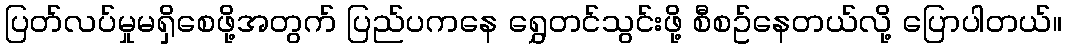
ပြတ်လပ်မှုမရှိစေဖို့အတွက် ပြည်ပကနေ ရွှေတင်သွင်းဖို့ စီစဥ်နေတယ်လို့ ပြောပါတယ်။